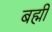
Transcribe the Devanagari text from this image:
बह्मी